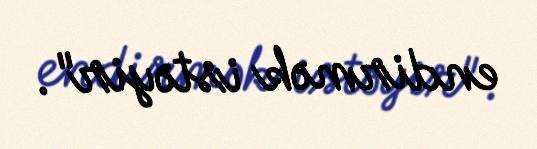
endirmək istəyir".